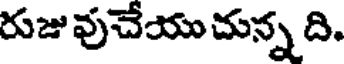
రుజు వుచేయు చున్న ది.